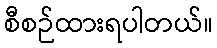
စီစဉ်ထားရပါတယ်။